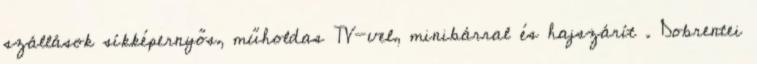
szállások síkképernyős, műholdas TV-vel, minibárral és hajszárít . Dobrentei